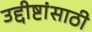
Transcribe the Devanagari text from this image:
उद्दीष्टांसाठी